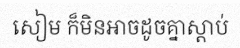
សៀម ក៏មិនអាចដូចគ្នាស្តាប់